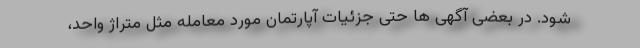
شود. در بعضی آگهی ها حتی جزئیات آپارتمان مورد معامله مثل متراژ واحد،